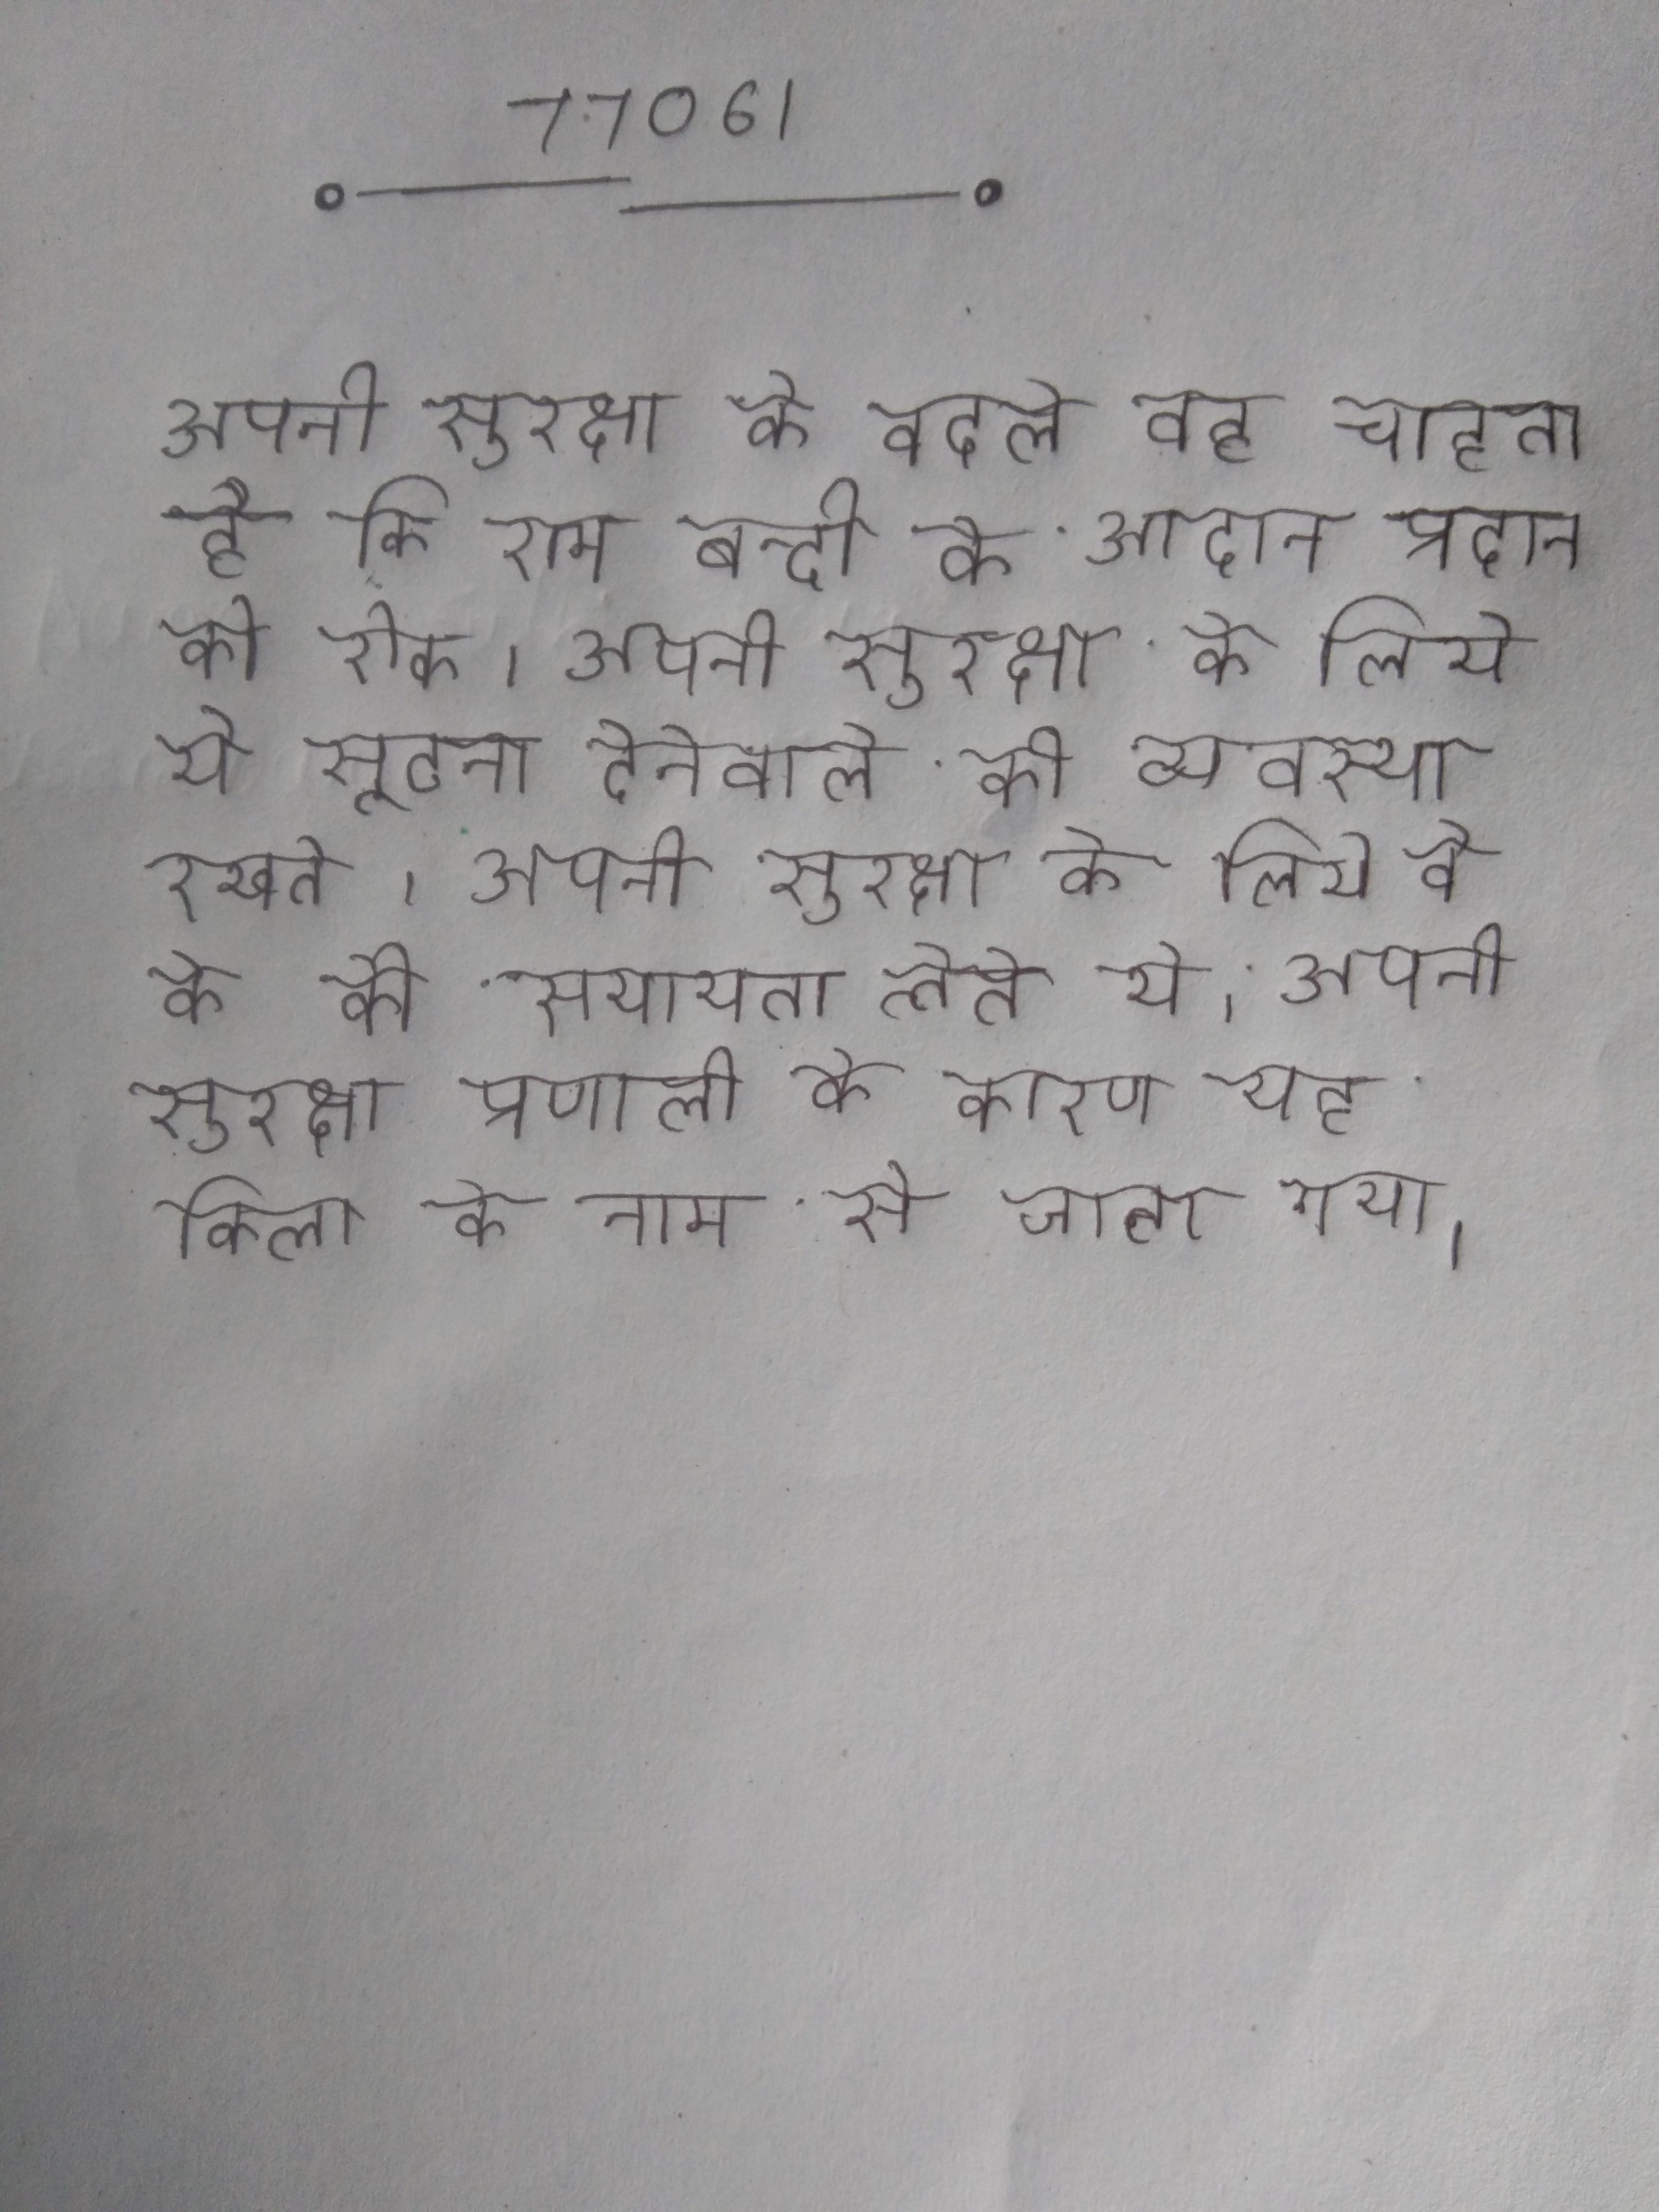
अपनी सुरक्षा के बदले वह चाहता है कि राम बन्दी के आदान प्रदान को रोक । अपनी सुरक्षा के लिये ये सूचना देनेवाले की व्यवस्था रखते । अपनी सुरक्षा के लिये वे के की सहायता लेते थे । अपनी सुरक्षा प्रणाली के कारण यह किला के नाम से जाना गया ।